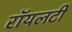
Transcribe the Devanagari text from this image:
रॉयलटी